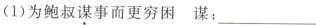
(1)为鲍叔谋事而更穷困 谋：___